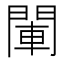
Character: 閳